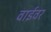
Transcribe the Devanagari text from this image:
वाईवर